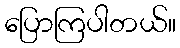
ပြောကြပါတယ်။